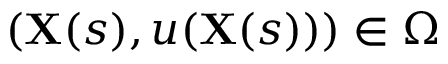
( \mathbf { X } ( s ) , u ( \mathbf { X } ( s ) ) ) \in \Omega